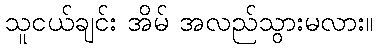
သူငယ်ချင်း အိမ် အလည်သွားမလား။